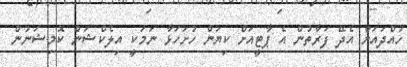
ހުއްދައަށް އެދޭ ފަރާތުން އެ ޕާޓީއަށް ކިޔަން ހުށަހަޅާ ނަމަކީ އިލެކްޝަން ކޮމިޝަނުން